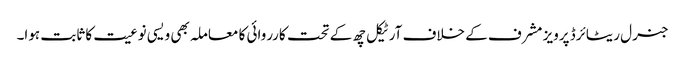
جنرل ریٹائرڈ پرویز مشرف کے خلاف آرٹیکل چھ کے تحت کارروائی کا معاملہ بھی ویسی نوعیت کا ثابت ہوا۔